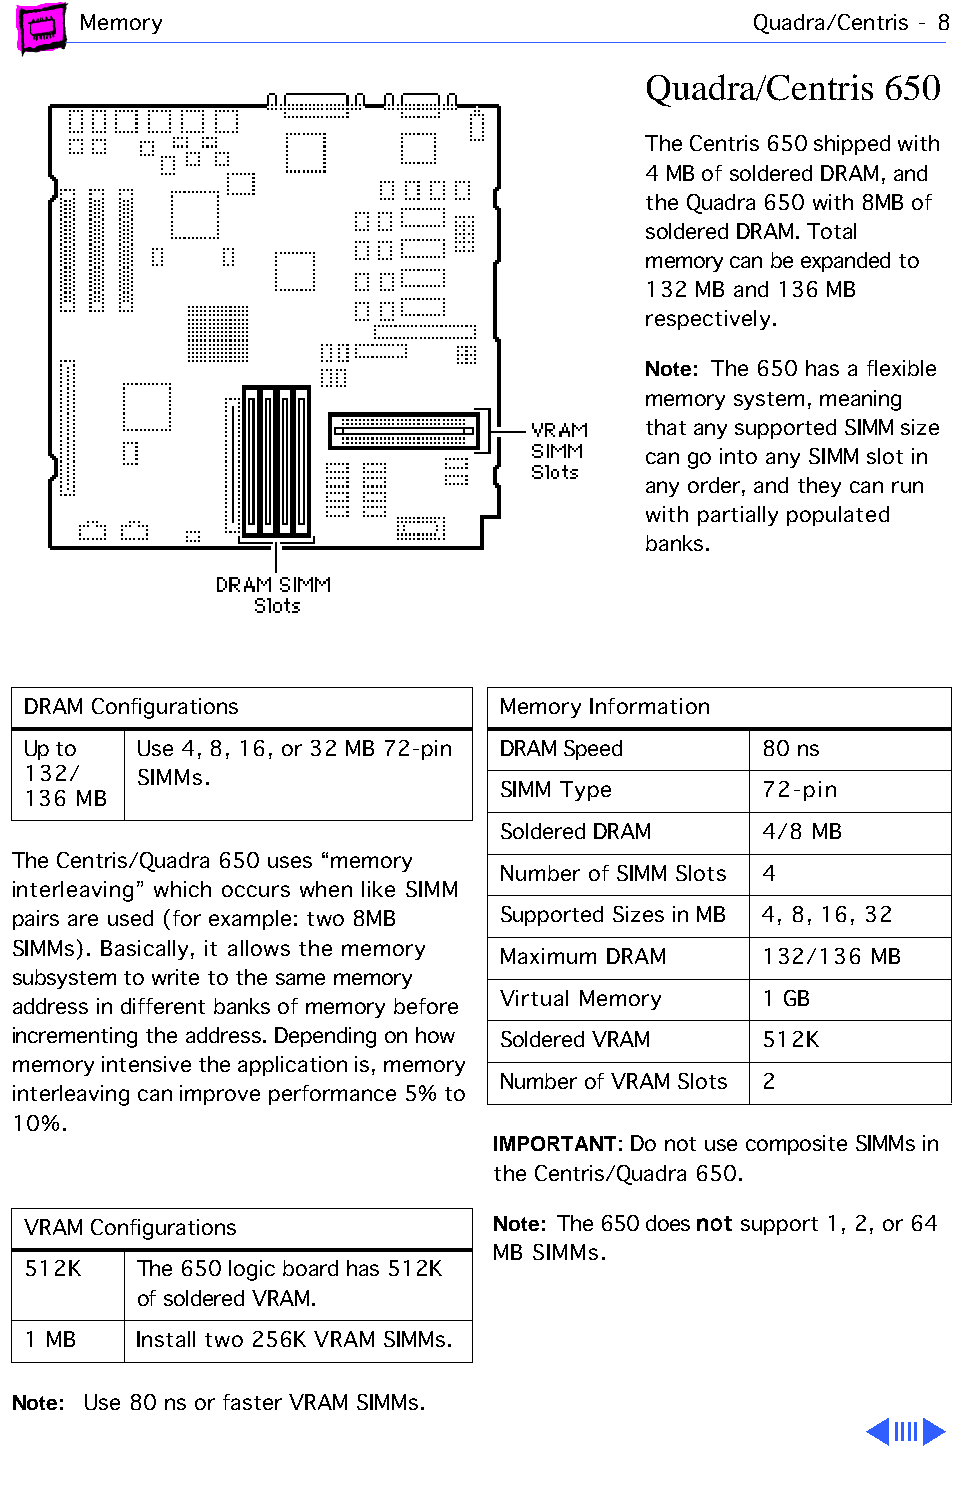
Memory                                      Quadra/Centris - 8
 Quadra/Centris  650
 The Centris 650 shipped with
 4 MB of soldered DRAM, and
 the Quadra 650 with 8MB of
 soldered DRAM. Total
 memory can be expanded to
 132 MB and 136 MB
 respectively.
 Note: The 650 has a flexible
 memory system, meaning
 that any supported SIMM size
 can go into any SIMM slot in
 any order, and they can run
 with partially populated
 banks.
 DRAM Configurations             Memory Information
 Up to   Use 4, 8, 16, or 32 MB 72-pin DRAM Speed 80 ns
 132/    SIMMs.
 SIMM Type        72-pin
 136 MB
 Soldered DRAM    4/8 MB
 The Centris/Quadra 650 uses “memory
 Number of SIMM Slots 4
 interleaving” which occurs when like SIMM
 pairs are used (for example: two 8MB Supported Sizes in MB 4, 8, 16, 32
 SIMMs). Basically, it allows the memory
 Maximum DRAM     132/136 MB
 subsystem to write to the same memory
 Virtual Memory   1 GB
 address in different banks of memory before
 incrementing the address. Depending on how Soldered VRAM 512K
 memory intensive the application is, memory
 Number of VRAM Slots 2
 interleaving can improve performance 5% to
 10%.
 IMPORTANT: Do not use composite SIMMs in
 the Centris/Quadra 650.
 VRAM Configurations            Note: The 650 does not support 1, 2, or 64
 MB SIMMs.
 512K    The 650 logic board has 512K
 of soldered VRAM.
 1 MB    Install two 256K VRAM SIMMs.
 Note: Use 80 ns or faster VRAM SIMMs.